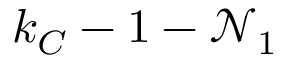
k _ { C } - 1 - \mathcal { N } _ { 1 }